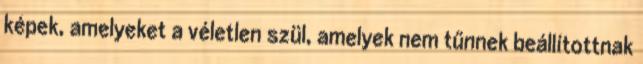
képek, amelyeket a véletlen szül, amelyek nem tűnnek beállítottnak